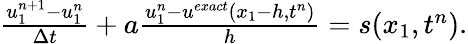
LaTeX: \begin{array}{r}{\frac{u_{1}^{n+1}-u_{1}^{n}}{\Delta t}+a\frac{u_{1}^{n}-u^{exact}(x_{1}-h,t^{n})}{h}=s(x_{1},t^{n}).}\end{array}